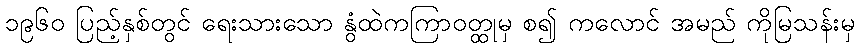
၁၉၆၀ ပြည့်နှစ်တွင် ရေးသားသော နွံထဲကကြာဝတ္ထုမှ စ၍ ကလောင် အမည် ကိုမြသန်းမှ